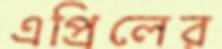
এপ্রিলের